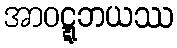
အာဝဋ္ဋဘယဿ